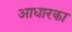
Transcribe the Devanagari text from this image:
आधारका